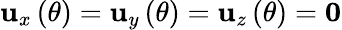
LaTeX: {\mathbf u}_{x}\left(\theta\right)={\mathbf u}_{y}\left(\theta\right)={\mathbf u}_{z}\left(\theta\right)={\mathbf 0}